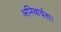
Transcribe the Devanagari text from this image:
अनिवार्यता।